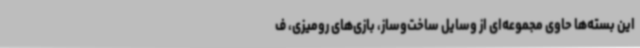
این بسته‌ها حاوی مجموعه‌ای از وسایل ساخت‌وساز، بازی‌های رومیزی، ف